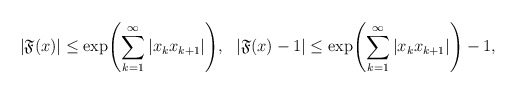
\begin{align*}\left|\mathfrak{F}(x)\right|\leq\exp\!\left(\sum_{k=1}^{\infty}|x_{k}x_{k+1}|\right)\!,\ \ \left|\mathfrak{F}(x)-1\right|\leq\exp\!\left(\sum_{k=1}^{\infty}|x_{k}x_{k+1}|\right)-1,\end{align*}